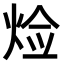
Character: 𤈷